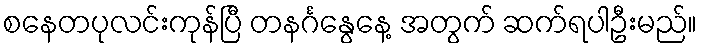
စနေတပုလင်းကုန်ပြီ တနင်္ဂနွေနေ့ အတွက် ဆက်ရပါဦးမည်။